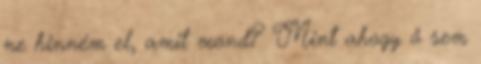
ne hinném el, amit mond? Mint ahogy ő sem